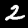
Digit: 2